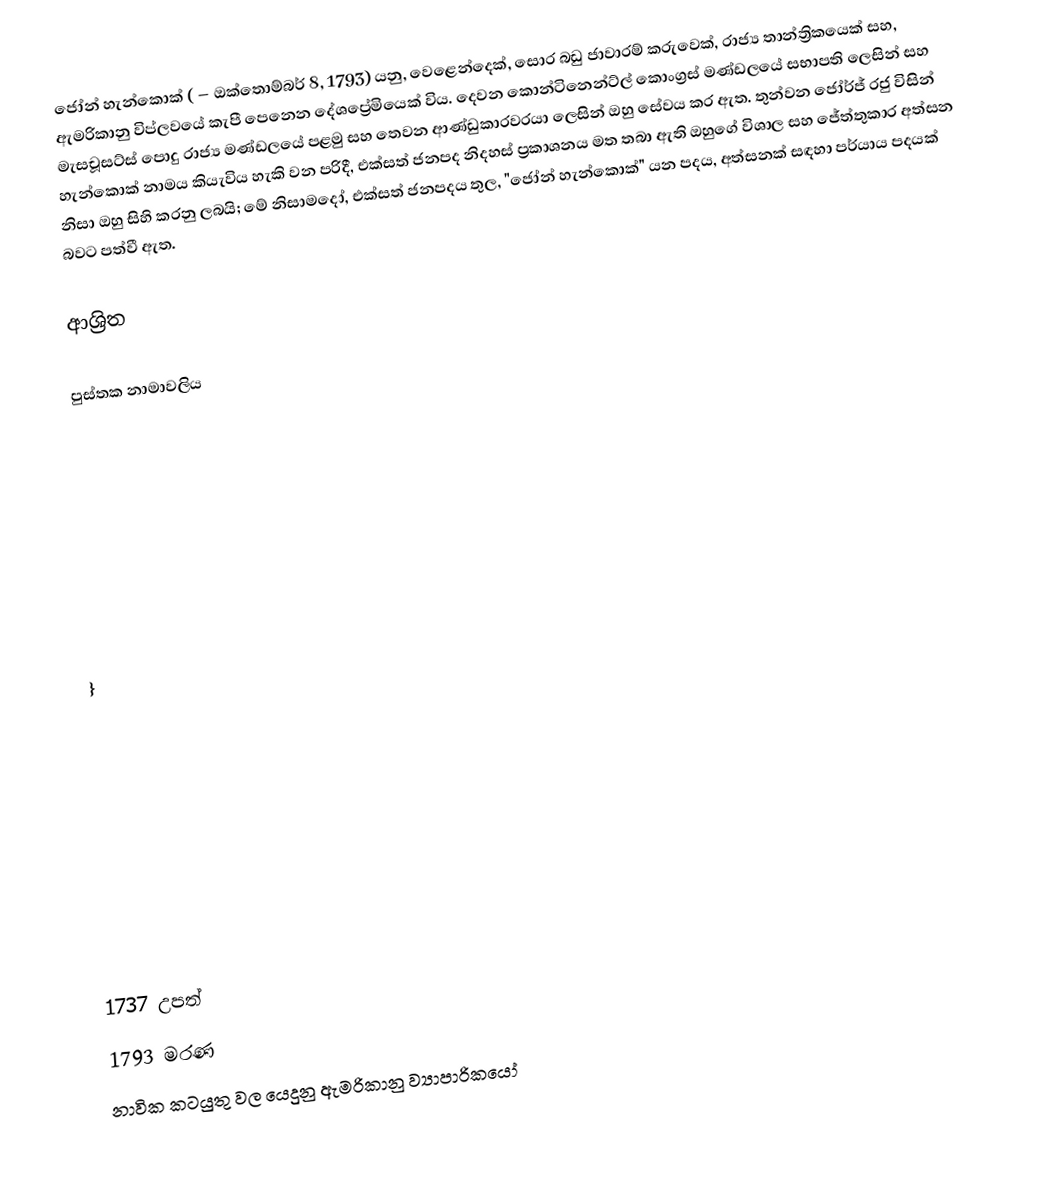
ජෝන් හැන්කොක්  ( – ඔක්තොම්බර් 8, 1793) යනු, වෙළෙන්දෙක්, සොර බඩු ජාවාරම් කරුවෙක්, රාජ්‍ය තාන්ත්‍රිකයෙක් සහ, ඇමරිකානු විප්ලවයේ කැපී පෙනෙන දේශප්‍රේමියෙක් විය.  දෙවන කොන්ටිනෙන්ට්ල් කොංග්‍රස් මණ්ඩලයේ සභාපති ලෙසින් සහ මැසචූසට්ස් පොදු රාජ්‍ය මණ්ඩලයේ පළමු සහ තෙවන ආණ්ඩුකාරවරයා ලෙසින් ඔහු සේවය කර ඇත. තුන්වන ජෝර්ජ් රජු විසින් හැන්කොක් නාමය කියැවිය හැකි වන පරිදී, එක්සත් ජනපද නිදහස් ප්‍රකාශනය මත තබා ඇති ඔහුගේ විශාල සහ ජේත්තුකාර අත්සන නිසා ඔහු සිහි කරනු ලබයි; මේ නිසාමදෝ, එක්සත් ජනපදය තුල,  "ජෝන් හැන්කොක්" යන පදය, අත්සනක් සඳහා පර්යාය පදයක් බවට පත්වී ඇත.

ආශ්‍රිත

පුස්තක නාමාවලිය

 }

1737 උපත්
1793 මරණ
නාවික කටයුතු වල යෙදුනු ඇමරිකානු ව්‍යාපාරිකයෝ